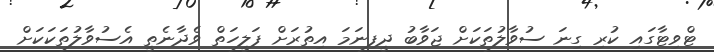
ޓްވިޓާގައި ކުރި ގިނަ ސުވާލުތަކަށް ޖަވާބު ދީފިނަމަ އިތުރަށް ފަލީހަތް ވެދާނެތީ އެސުވާލުތަކަކަށް